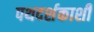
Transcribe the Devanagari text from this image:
पथदर्शकाशी